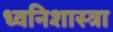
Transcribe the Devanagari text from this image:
ध्वनिशास्त्रा